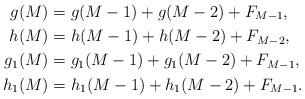
LaTeX: \begin{align*} g(M)&=g(M-1)+g(M-2)+F_{M-1}, \\ h(M)&=h(M-1)+h(M-2)+F_{M-2}, \\ g_1(M)&=g_1(M-1)+g_1(M-2)+F_{M-1}, \\ h_1(M)&=h_1(M-1)+h_1(M-2)+F_{M-1}.\end{align*}